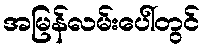
အမြန်လမ်းပေါ်တွင်